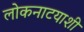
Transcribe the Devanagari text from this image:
लोकनाटयाशी